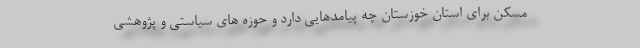
مسکن برای استان خوزستان چه پیامدهایی دارد و حوزه های سیاستی و پژوهشی